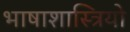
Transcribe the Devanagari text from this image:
भाषाशास्त्रियो